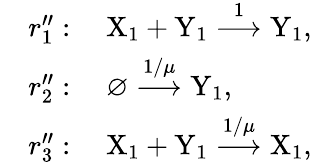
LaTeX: \begin{array}{rl}&{r_{1}^{\prime\prime}:\quad\mathrm{X}_{1}+\mathrm{Y}_{1}\stackrel{1}{\longrightarrow}\mathrm{Y}_{1},}\\ &{r_{2}^{\prime\prime}:\quad\varnothing\stackrel{1/\mu}{\longrightarrow}\mathrm{Y}_{1},}\\ &{r_{3}^{\prime\prime}:\quad\mathrm{X}_{1}+\mathrm{Y}_{1}\stackrel{1/\mu}{\longrightarrow}\mathrm{X}_{1},}\end{array}